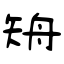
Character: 矪